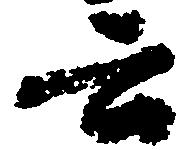
云